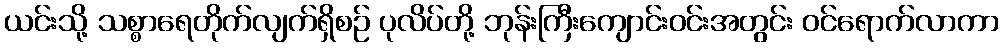
ယင်းသို့ သစ္စာရေတိုက်လျက်ရှိစဉ် ပုလိပ်တို့ ဘုန်းကြီးကျောင်းဝင်းအတွင်း ဝင်ရောက်လာကာ